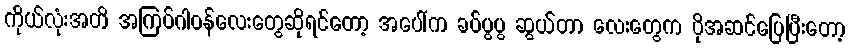
ကိုယ်လုံးအတိ အကြပ်ဂါဝန်လေးတွေဆိုရင်တော့ အပေါ်က ခပ်ပွပွ ဆွယ်တာ လေးတွေက ပိုအဆင်ပြေပြီးတော့